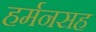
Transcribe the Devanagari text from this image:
हर्मनसह